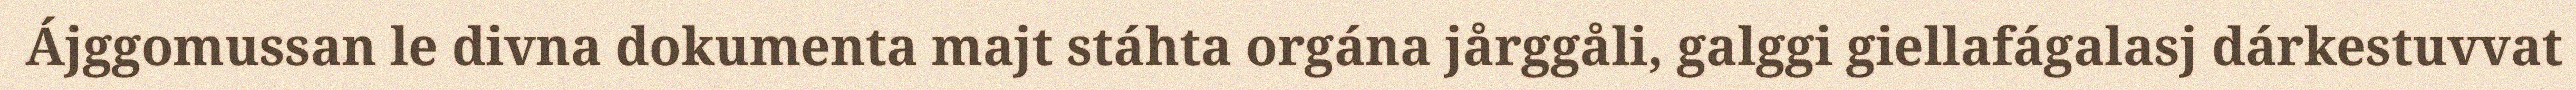
Ájggomussan le divna dokumenta majt stáhta orgána jårggåli, galggi giellafágalasj dárkestuvvat